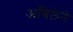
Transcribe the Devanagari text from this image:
अबिलेने